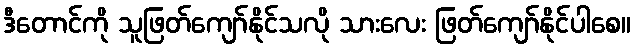
ဒီတောင်ကို သူဖြတ်ကျော်နိုင်သလို သားလေး ဖြတ်ကျော်နိုင်ပါစေ။